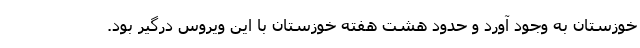
خوزستان به وجود آورد و حدود هشت هفته خوزستان با این ویروس درگیر بود.